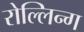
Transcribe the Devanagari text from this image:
रोल्लिन्ग